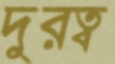
দুরত্ব